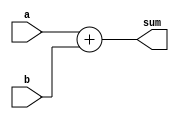
module Adder(
	input [5:0] a,
	input [5:0] b,
	output reg [5:0] sum
	);
	
	always @(*)
	begin
		sum = a + b;
	end

endmodule